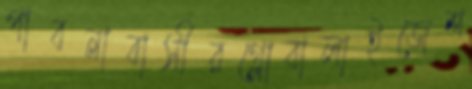
পাবনাবাসীরগ্লোবালাইজেশ